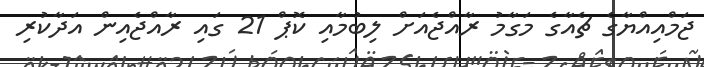
ޖަމްއިއްޔާގެ ޗެއާގެ މަގާމު ރާއްޖެއަށް ލިބުމާއި ކޮޕް 21 ގައި ރާއްޖެއިން އަދާކުރި